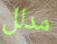
مدلل